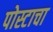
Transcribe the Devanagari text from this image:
पोस्टाचा